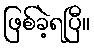
ဖြစ်ခဲ့ရပြီ။